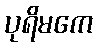
ပုရိမကေ